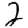
Digit: 2